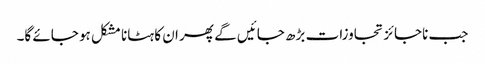
جب ناجائز تجاوزات بڑھ جائیں گے پھر ان کا ہٹانا مشکل ہو جائے گا۔